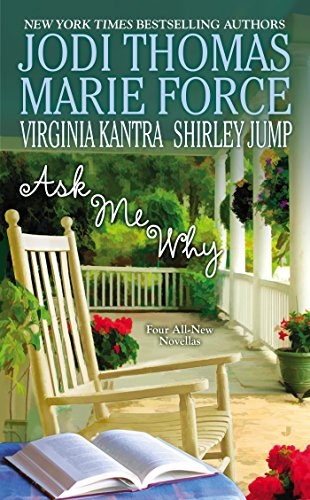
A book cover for Ask Me Why; Jodi Thomas; Romance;